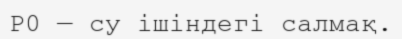
Р0 — су ішіндегі салмақ.